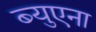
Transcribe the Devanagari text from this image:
ब्युएना